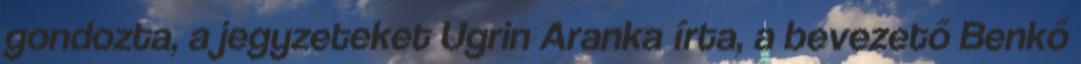
gondozta, a jegyzeteket Ugrin Aranka írta, a bevezető Benkő